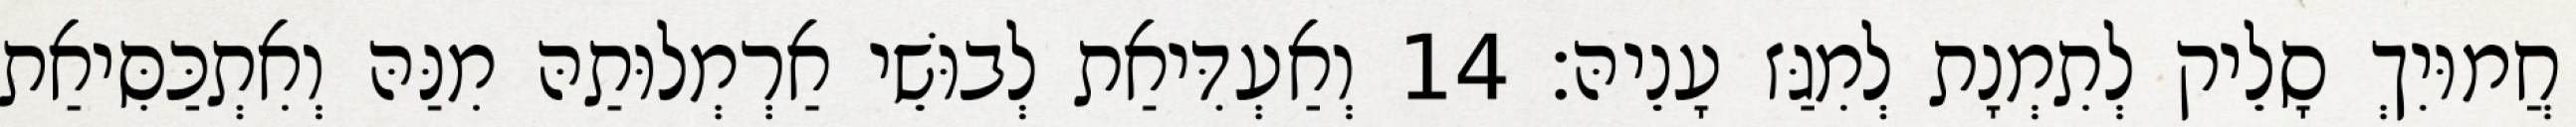
חֲמוּיִךְ סָלֵיק לְתִמְנָת לְמִגַּז עָנֵיהּ׃ 14 וְאַעְדִּיאַת לְבוּשֵׁי אַרְמְלוּתַהּ מִנַּהּ וְאִתְכַּסִּיאַת